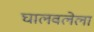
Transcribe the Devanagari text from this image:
घालवलेला